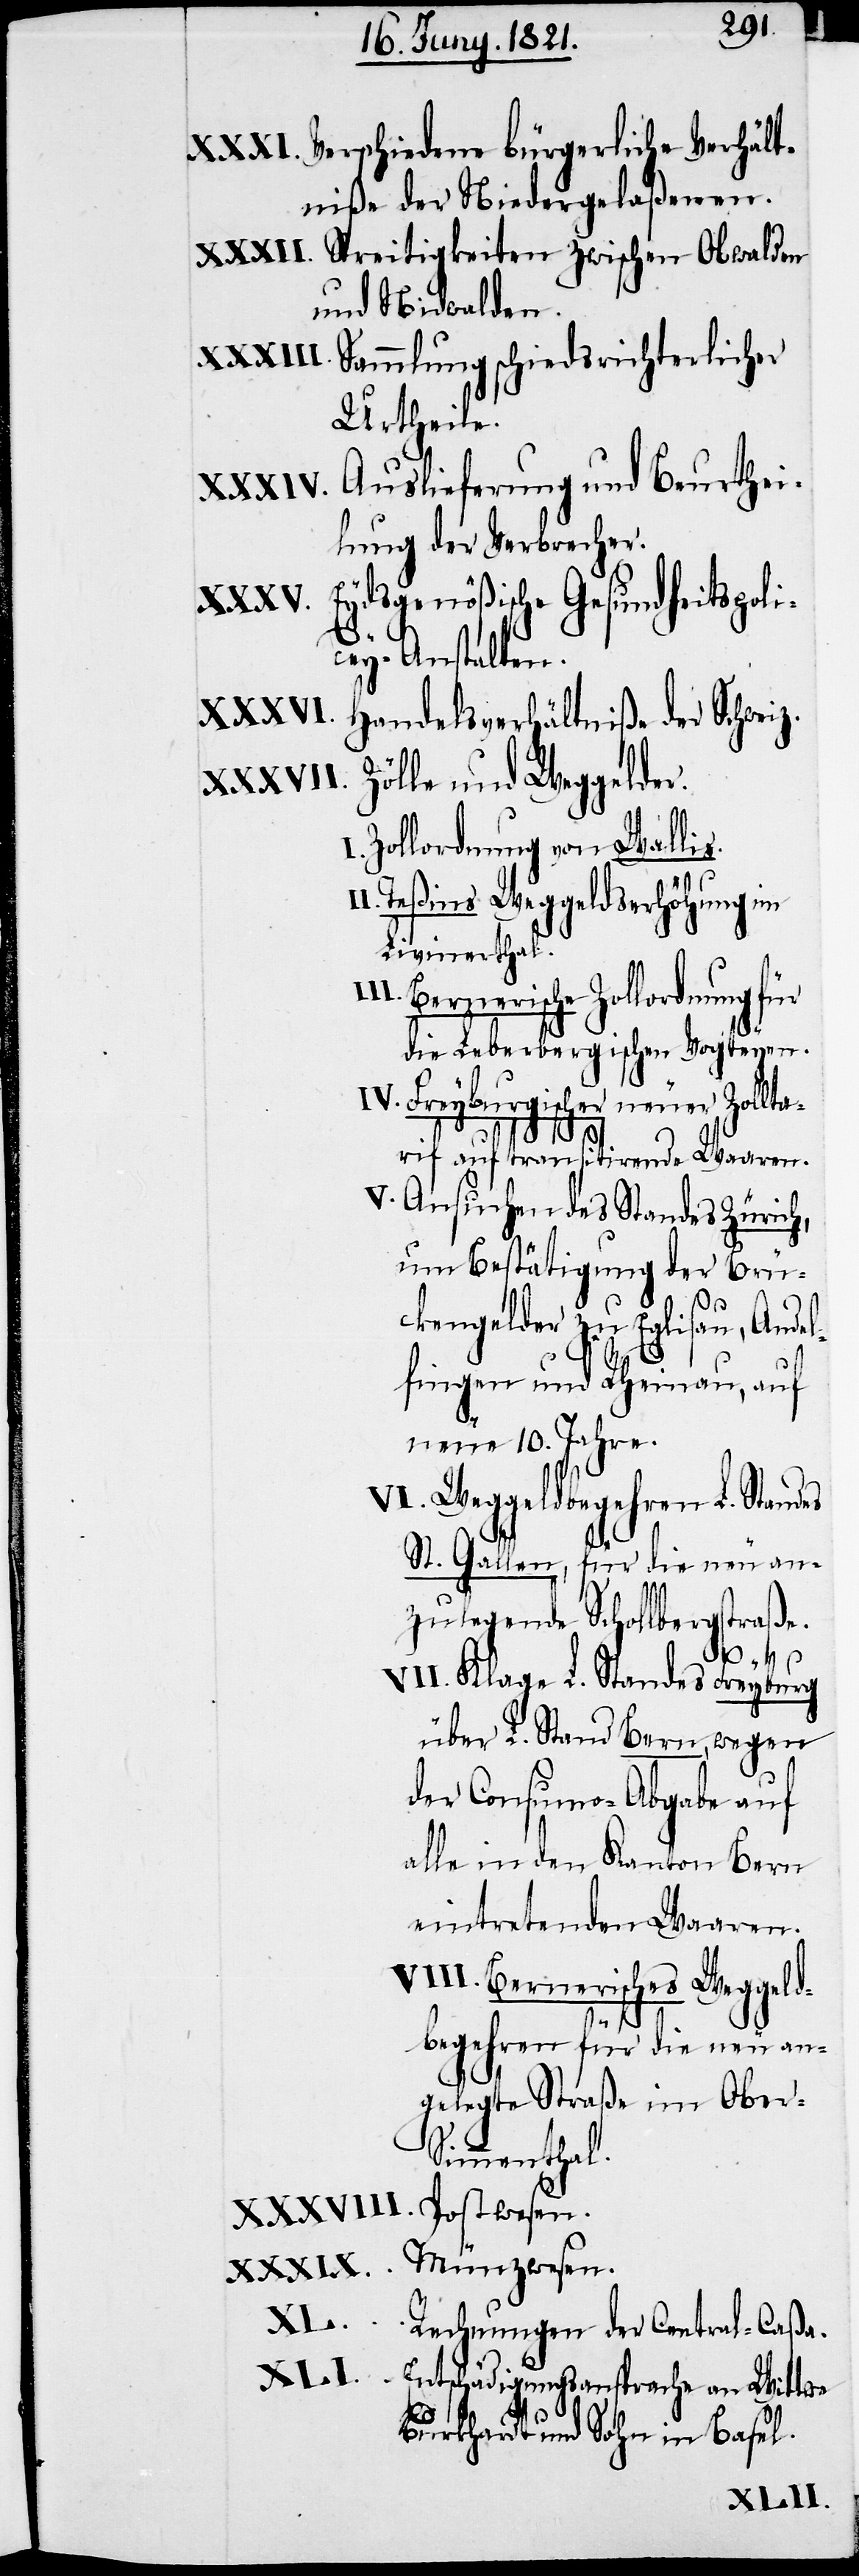
Verschiedene bürgerliche Verhält¬
niße der Niedergelaßenen.
Streitigkeiten zwischen Obwalden
und Nidwalden.
Sammlung schiedsrichterlicher
Urtheile.
Auslieferung und Beurthei¬
lung der Verbrecher.
Eydsgenößische Gesundheitspoli¬
cey-Anstalten.
Handelsverhältniße der Schweiz.
Zölle und Weggelder.
Zollordnung von Wallis.
Teßins Weggeldserhöhung im
Livinerthal.
Bernerische Zollordnung für
die Leberbergischen Vogteyen.
Freyburgischer neuer Zol¬
rif auf transitirende Waaren.
Ansuchen des Standes Zürich,
um Bestätigung der Brü¬
ckengelder zu Eglisau, Ande¬
lfingen und Rheinau, auf
neue 10. Jahre.
Weggeldbegehren L. Standes
St. Gallen, für die neu an¬
zulegende Schollbergstraße.
Klage L. Standes Freyburg
über L. Stand Bern, wegen
der Consumo-Abgabe auf
alle in den Kanton Bern
eintretenden Waaren.
Bernerisches Weggeld¬
begehren für die neu an¬
gelegte Straße im Ober¬
simmenthal.
Postwesen.
Münzwesen.
II.
Rechnungen der Central-Caßa.
Entschädigungsansprache an Wittwe
Burkhardt und Sohn in Basel.
lta¬